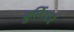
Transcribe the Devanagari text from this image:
बुर्लिआर